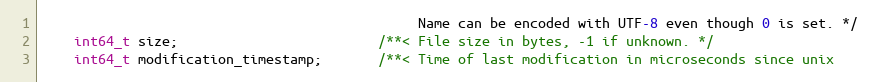
Language: C
                                               Name can be encoded with UTF-8 even though 0 is set. */
    int64_t size;                         /**< File size in bytes, -1 if unknown. */
    int64_t modification_timestamp;       /**< Time of last modification in microseconds since unix